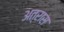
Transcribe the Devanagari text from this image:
अत्रास